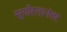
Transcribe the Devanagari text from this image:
सुर्यास्तानंतर